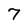
Character: 7